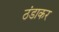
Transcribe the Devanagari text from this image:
ठंडाकर